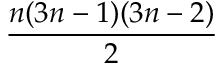
\frac { n ( 3 n - 1 ) ( 3 n - 2 ) } { 2 }